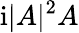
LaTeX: \mathrm{i}|A|^{2}A